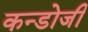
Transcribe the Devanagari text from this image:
कन्डोजी